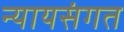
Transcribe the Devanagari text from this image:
न्‍यायसंगत